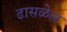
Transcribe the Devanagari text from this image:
ढासळेल